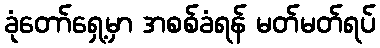
ခုံတော်ရှေ့မှာ အစစ်ခံရန် မတ်မတ်ရပ်